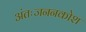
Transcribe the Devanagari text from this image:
अंतःजननकोश